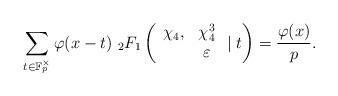
LaTeX: \begin{align*}\sum_{t\in\mathbb{F}_p^\times}\varphi(x-t)~{_2F_1}\left(\begin{array}{cc}\chi_4, & \chi_4^3\\ & \varepsilon\end{array}\mid t\right)=\frac{\varphi(x)}{p}.\end{align*}